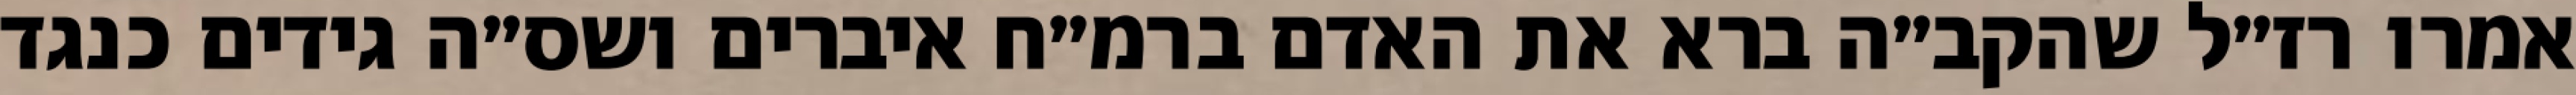
אמרו רז״ל שהקב״ה ברא את האדם ברמ״ח איברים ושס״ה גידים כנגד